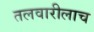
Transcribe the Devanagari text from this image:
तलवारीलाच